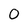
Character: 0